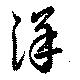
洋